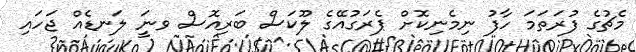
މެޗުގެ ފުރަތަމަ ހާފު ނިމެނިކޮށް ޕެރަގުއޭގެ ލޫކަސް ބަރިއޮސް ވނަީ ލަނޑެއް ޖަހައި